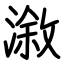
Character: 漵